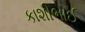
કાશીભાઈ